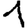
Digit: 1